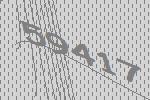
59417